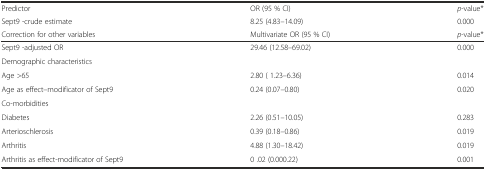
| Predictor | OR (95 % CI) | p-value* |
 | Sept9 -crude estimate | 8.25 (4.83–14.09) | 0.000 |
 | Correction for other variables | Multivariate OR (95 % CI) | p-value* |
 | --- | --- | --- |
 | Sept9 -adjusted OR | 29.46 (12.58–69.02) | 0.000 |
 | Demographic characteristics |  |  |
 | Age >65 | 2.80 ( 1.23–6.36) | 0.014 |
 | Age as effect–modificator of Sept9 | 0.24 (0.07–0.80) | 0.020 |
 | Co-morbidities |  |  |
 | Diabetes | 2.26 (0.51–10.05) | 0.283 |
 | Arterioschlerosis | 0.39 (0.18–0.86) | 0.019 |
 | Arthritis | 4.88 (1.30–18.42) | 0.019 |
 | Arthritis as effect-modificator of Sept9 | 0 .02 (0.000.22) | 0.001 |